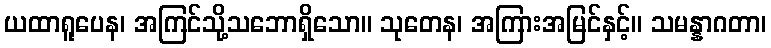
ယထာရူပေန၊ အကြင်သို့သဘောရှိသော။ သုတေန၊ အကြားအမြင်နှင့်။ သမန္နာဂတာ၊